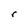
Character: r